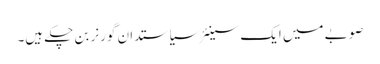
صوبے میں ایک سینئر سیاستدان گورنر بن چکے ہیں۔